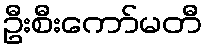
ဦးစီးကော်မတီ